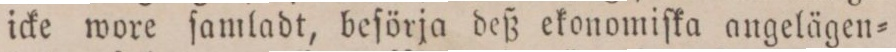
icke wore ſamladt, beſörja deß ekonomiſka angelägen=